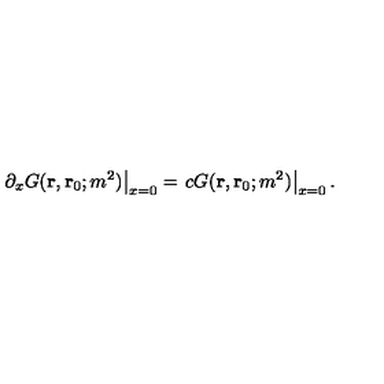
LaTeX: \left. \partial _ { x } G ( { \bf r } , { \bf r } _ { 0 } ; m ^ { 2 } ) \right| _ { x = 0 } = \left. c G ( { \bf r } , { \bf r } _ { 0 } ; m ^ { 2 } ) \right| _ { x = 0 } .